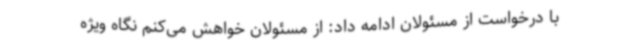
با درخواست از مسئولان ادامه داد: از مسئولان خواهش می‌کنم نگاه ویژه